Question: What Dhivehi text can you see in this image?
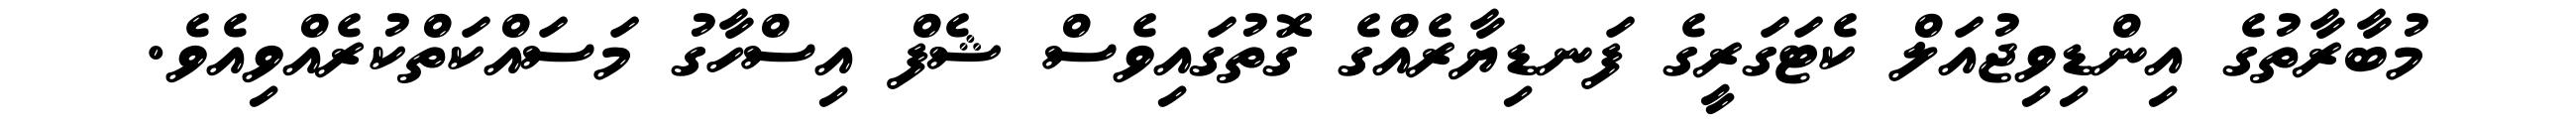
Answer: މުބާރާތުގެ އިންޑިވިޖުއަލް ކެޓަގަރީގެ ފަނޑިޔާރެއްގެ ގޮތުގައިވެސް ޝެފް އިސްހާގު މަސައްކަތްކުރެއްވިއެވެ.